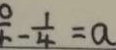
- \frac { 1 } { 4 } = a